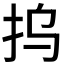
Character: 𰓆